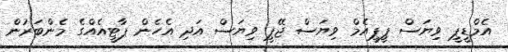
އެމްޑީޕީ ވިޔަސް ޕީޕީއެމް ވިޔަސް ޖޭޕީ ވިޔަސް އަދި އެހެން ޕާޓީއެއްގެ މެންބަރުން